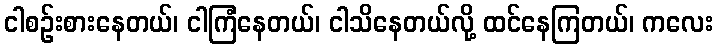
ငါစဉ်းစားနေတယ်၊ ငါကြံနေတယ်၊ ငါသိနေတယ်လို့ ထင်နေကြတယ်၊ ကလေး